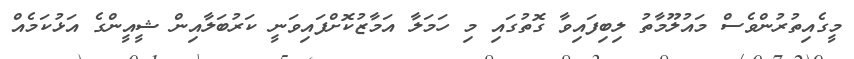
މީގެއިތުރުންވެސް މައުލޫމާތު ލިބިފައިވާ ގޮތުގައި މި ހަމަލާ އަމާޒުކޮށްފައިވަނީ ކަރުބަލާއިން ޝީއީންގެ އަޅުކަމެއް